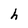
Character: h